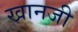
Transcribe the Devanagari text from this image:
खानजी